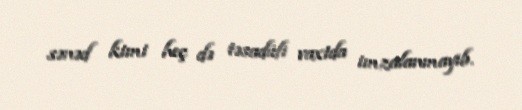
sənəd kimi heç də təsadüfi vaxtda imzalanmayıb.